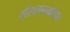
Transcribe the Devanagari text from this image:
संलग्नकोन